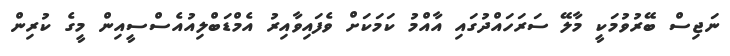
ނަޖިސް ބޭރުވުމަކީ މާލޭ ސަރަހައްދުގައި އާއްމު ކަމަކަށް ވެފައިވާއިރު އެމްޑަބްލިއުއެސްސީއިން މީގެ ކުރިން